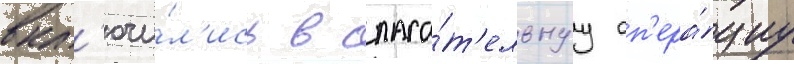
вкл'ючи́л'ись в спаса́т'ельнуу оп'ера́циу